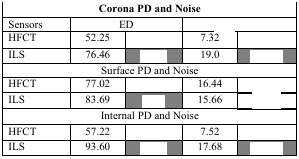
<table><thead><tr><td colspan="5"><b>Corona PD and Noise</b></td></tr></thead><tbody><tr><td>Sensors</td><td colspan="2">ED</td><td colspan="2">[EMPTY_CELL]</td></tr><tr><td>HFCT</td><td>52.25</td><td>[EMPTY_CELL]</td><td>7.32</td><td>[EMPTY_CELL]</td></tr><tr><td>ILS</td><td>76.46</td><td>[EMPTY_CELL]</td><td>19.0</td><td>[EMPTY_CELL]</td></tr><tr><td colspan="5">Surface PD and Noise</td></tr><tr><td>HFCT</td><td>77.02</td><td>[EMPTY_CELL]</td><td>16.44</td><td>[EMPTY_CELL]</td></tr><tr><td>ILS</td><td>83.69</td><td>[EMPTY_CELL]</td><td>15.66</td><td>[EMPTY_CELL]</td></tr><tr><td colspan="5">Internal PD and Noise</td></tr><tr><td>HFCT</td><td>57.22</td><td>[EMPTY_CELL]</td><td>7.52</td><td>[EMPTY_CELL]</td></tr><tr><td>ILS</td><td>93.60</td><td>[EMPTY_CELL]</td><td>17.68</td><td>[EMPTY_CELL]</td></tr></tbody></table>